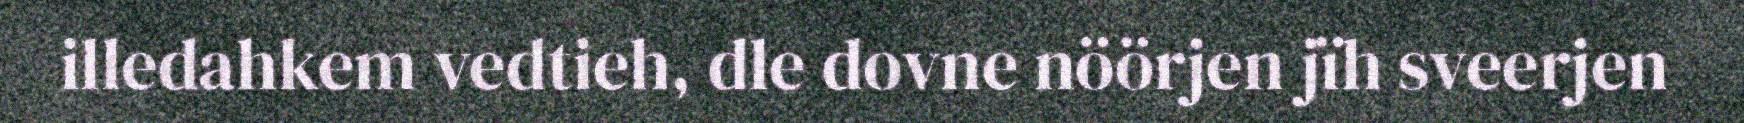
illedahkem vedtieh, dle dovne nöörjen jïh sveerjen